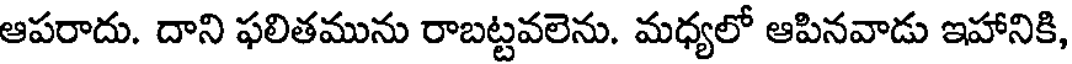
ఆపరాదు. దాని ఫలితమును రాబట్టవలెను. మధ్యలో ఆపినవాడు ఇహానికి,